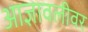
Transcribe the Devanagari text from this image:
आज्ञावलीवर